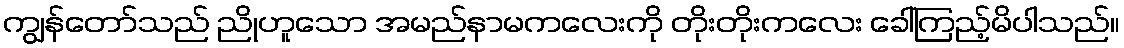
ကျွန်တော်သည် ညိုဟူသော အမည်နာမကလေးကို တိုးတိုးကလေး ခေါ်ကြည့်မိပါသည်။